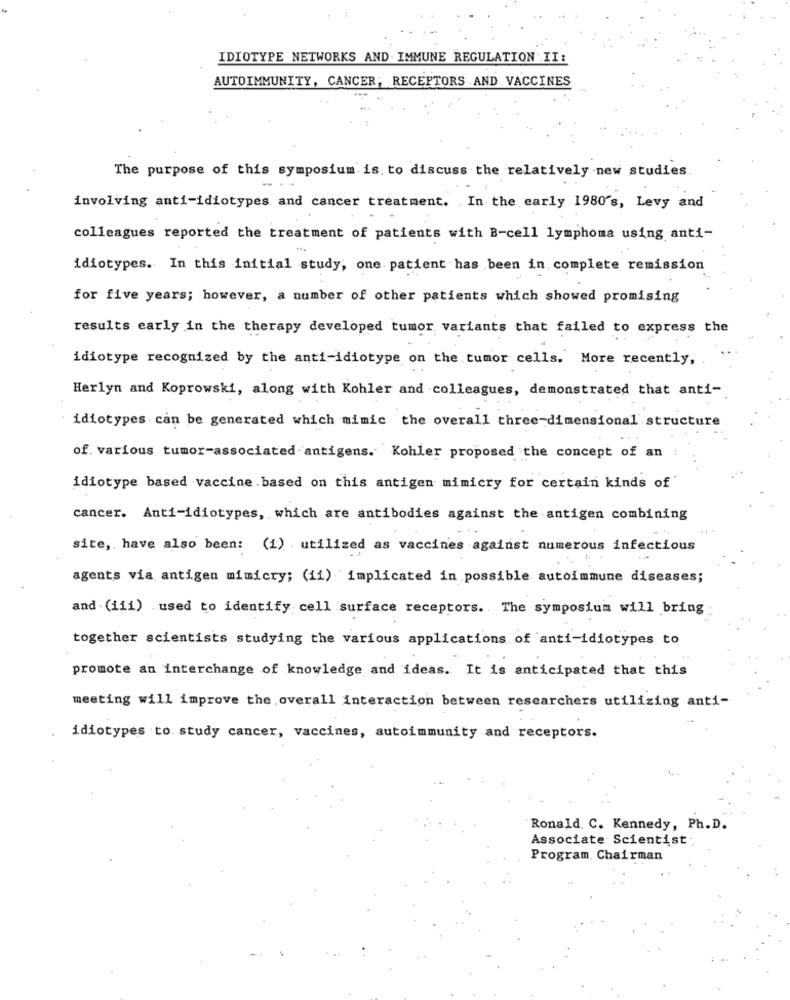
IDIOTYPE NETWORKS AND IMMUNE REGULATION II:
AUTOIMMUNITY, CANCER, RECEPTORS AND VACCINES
The purpose of this symposium is. to discuss the relatively new studies
involving anti-idiotypes and cancer treatment. . In the early 1980's, Levy and
colleagues reported the treatment of patients with B-cell lymphoma using anti-
idiotypes. In this initial study, one patient has been in complete remission
for five years; however, a number of other patients which showed promising
results early in the therapy developed tumor variants that failed to express the
idiotype recognized by the anti-idiotype on the tumor cells. More recently,
Herlyn and Koprowski, along with Kohler and colleagues, demonstrated that anti-
idiotypes can be generated which mimic the overall three-dimensional structure
of. various tumor-associated antigens. Kohler proposed the concept of an
idiotype based vaccine. based on this antigen mimicry for certain kinds of
cancer. Anti-idiotypes, which are antibodies against the antigen combining
site, have also been: (1) utilized as vaccines against numerous infectious
agents via antigen mimicry; (ii) implicated in possible autoimmune diseases;
and (iii) used to identify cell surface receptors. The symposium will bring
together scientists studying the various applications of anti-idiotypes to
promote an interchange of knowledge and ideas. It is anticipated that this
meeting will improve the overall interaction between researchers utilizing anti-
idiotypes to. study cancer, vaccines, autoimmunity and receptors.
Ronald. C. Kennedy, Ph.D.
Associate Scientist
Program. Chairman